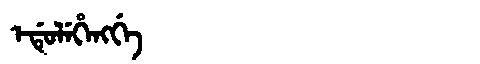
Manchu: ᡝᡩᡠᠯᡝᡥᡝᠩᡤᡝ
Romanization: EDULEHENGGE